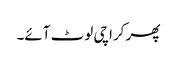
پھر کراچی لوٹ آئے۔